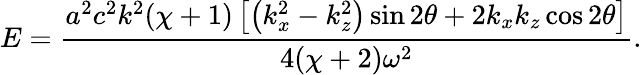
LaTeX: E=\frac{a^{2}c^{2}k^{2}(\chi+1)\left[\left(k_{x}^{2}-k_{z}^{2}\right)\sin 2\theta+2k_{x}k_{z}\cos 2\theta\right]}{4(\chi+2)\omega^{2}}.